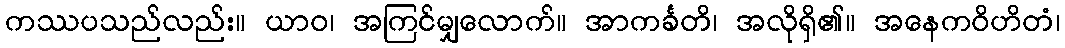
ကဿပသည်လည်း။ ယာဝ၊ အကြင်မျှလောက်။ အာကင်္ခတိ၊ အလိုရှိ၏။ အနေကဝိဟိတံ၊